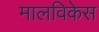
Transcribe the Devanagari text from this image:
मालविकेस